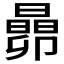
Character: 𬁬